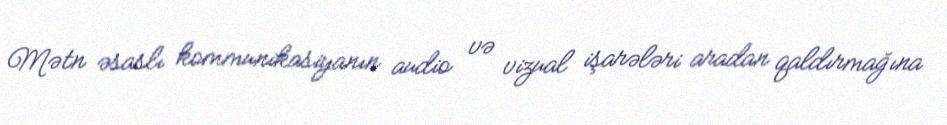
Mətn əsaslı kommunikasiyanın audio və vizual işarələri aradan qaldırmağına